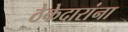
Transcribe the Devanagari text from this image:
ठेकेदारांना